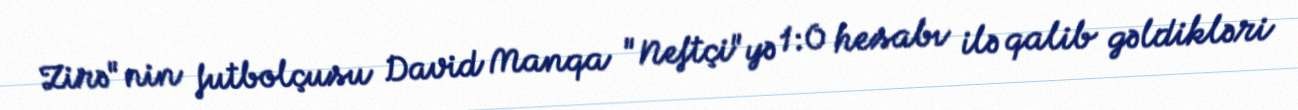
Zirə"nin futbolçusu David Manqa "Neftçi"yə 1:0 hesabı ilə qalib gəldikləri